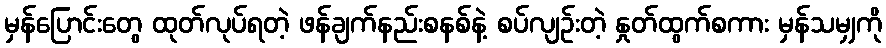
မှန်ပြောင်းတွေ ထုတ်လုပ်ရတဲ့ ဖန်ချက်နည်းစနစ်နဲ့ စပ်လျဉ်းတဲ့ နှုတ်ထွက်စကား မှန်သမျှကို